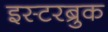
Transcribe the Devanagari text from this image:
इस्टरब्रुक